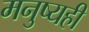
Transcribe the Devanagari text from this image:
मनुष्यही